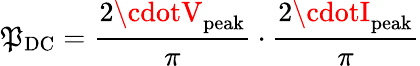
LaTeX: \mathfrak{P}_{\mathrm{{DC}}}={\frac{{2\cdotV_{\mathrm{{peak}}}}}{{\pi}}}\cdot{\frac{{2\cdotI_{\mathrm{{peak}}}}}{{\pi}}}